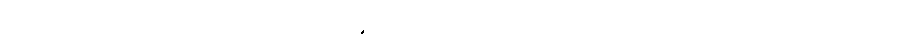
၄။ သာရိပုတ္တံ၊ သာရီမည်သော ပုဏ္ဏေးမ၏ သားဖြစ်တော်မူလည်းဖြစ်ထသော။ ဝါ၊ အဆင်းတည်းဟူသော